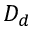
D _ { d }